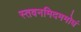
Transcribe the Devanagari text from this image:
स्तवनमिदममोघं